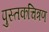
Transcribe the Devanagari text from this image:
पुस्तकचित्रण